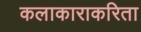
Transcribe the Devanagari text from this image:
कलाकाराकरिता